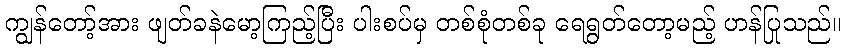
ကျွန်တော့်အား ဖျတ်ခနဲမော့ကြည့်ပြီး ပါးစပ်မှ တစ်စုံတစ်ခု ရေရွတ်တော့မည့် ဟန်ပြုသည်။